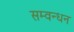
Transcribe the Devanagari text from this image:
सम्वन्धन